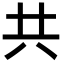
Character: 共